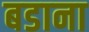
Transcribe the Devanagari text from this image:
बडाना